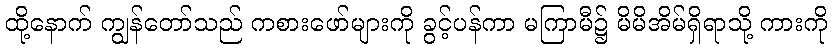
ထို့နောက် ကျွန်တော်သည် ကစားဖော်များကို ခွင့်ပန်ကာ မကြာမီ၌ မိမိအိမ်ရှိရာသို့ ကားကို